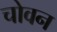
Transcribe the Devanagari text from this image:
चोवन